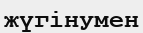
жүгінумен